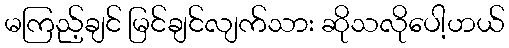
မကြည့်ချင် မြင်ချင်လျက်သား ဆိုသလိုပေါ့ဟယ်